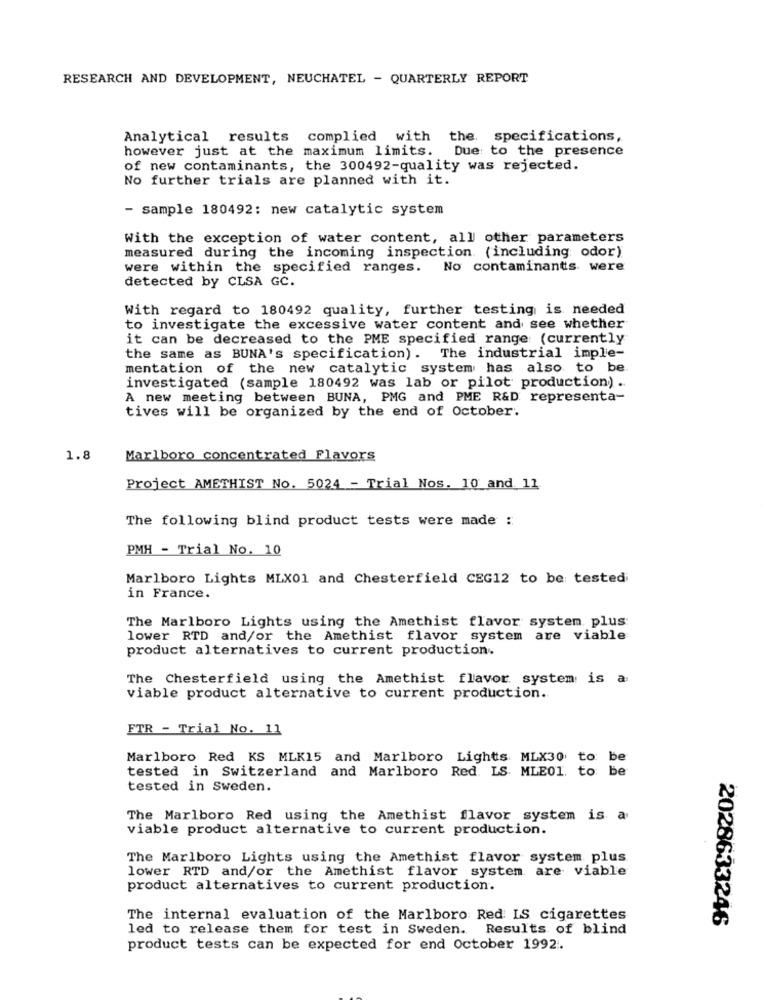
RESEARCH AND DEVELOPMENT, NEUCHATEL - QUARTERLY REPORT
Analytical results complied with the. specifications,
however just at the maximum limits. Due to the presence
of new contaminants, the 300492-quality was rejected.
No further trials are planned with it.
- sample 180492: new catalytic system
With the exception of water content, all other parameters
measured during the incoming inspection (including odor)
were within the specified ranges. No contaminants were
detected by CLSA GC.
With regard to 180492 quality, further testing is needed
to investigate the excessive water content and see whether
it can be decreased to the PME specified range (currently
the same as BUNA's specification). The industrial imple-
mentation of the new catalytic system has also to be
investigated (sample 180492 was lab or pilot production) ..
A new meeting between BUNA, PMG and PME R&D: representa-
tives will be organized by the end of October.
1.8
Marlboro concentrated Flavors
Project AMETHIST No. 5024 - Trial Nos. 10 and 11
The following blind product tests were made :
PMH - Trial No. 10
Marlboro Lights MLX01 and Chesterfield CEG12 to be testedi
in France.
The Marlboro Lights using the Amethist flavor system plus
lower RTD and/or the Amethist flavor system are viable
product alternatives to current production.
The Chesterfield using the Amethist flavor system is a:
viable product alternative to current production.
FTR - Trial No. 11
Marlboro Red KS MLK15 and Marlboro Lights MLX30 to be
tested in Switzerland and Marlboro Red. LS. MLE01. to be
tested in Sweden.
The Marlboro Red using the Amethist flavor system is a
viable product alternative to current production.
The Marlboro Lights using the Amethist flavor system plus
lower RTD and/or the Amethist flavor system. are viable
product alternatives to current production.
The internal evaluation of the Marlboro Red IS cigarettes
2028633246
led to release them for test in Sweden. Results of blind
product tests can be expected for end October 1992 :.